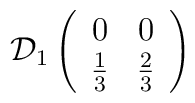
\mathcal{D}_{1}\left( \begin{array}{cc}0 & 0\\\frac{1}{3} & \frac{2}{3}\end{array}\right)